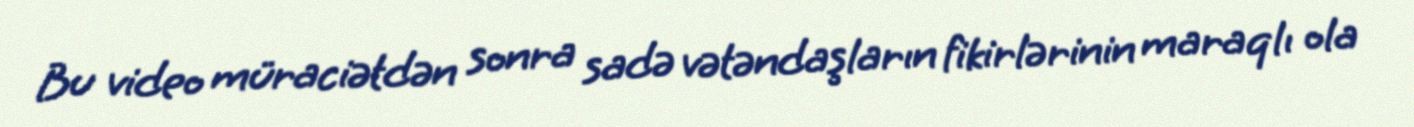
Bu video müraciətdən sonra sadə vətəndaşların fikirlərinin maraqlı ola